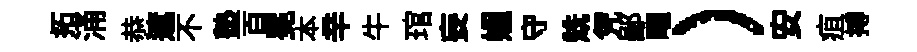
拓涌恭遮不塾百冕本辛牛琯妄媪守兟凭鄙曜）安疽搏